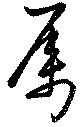
属